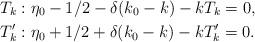
LaTeX: \begin{align*} T_k&: \eta_0-1/2-\delta (k_0-k) - k T_k=0, \\ T_k'&: \eta_0+1/2+\delta (k_0-k) - k T_k'=0. \end{align*}